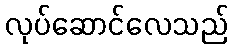
လုပ်ဆောင်လေသည်